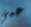
عمي